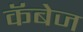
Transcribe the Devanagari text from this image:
कॅबेज